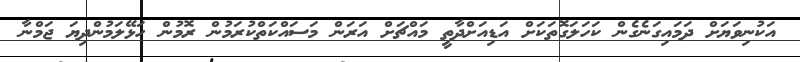
އަކުނިވަޔަށް ދަމައިގަނެގެން ކަހަލަގޮތަކަށް އަޑިއަށްދާތީ މައްޗަށް އަރަން މަސައްކަތްކުރަމުން ރޮމުން ހަޅޭލަމުންދިޔަ ޖަމްނާ